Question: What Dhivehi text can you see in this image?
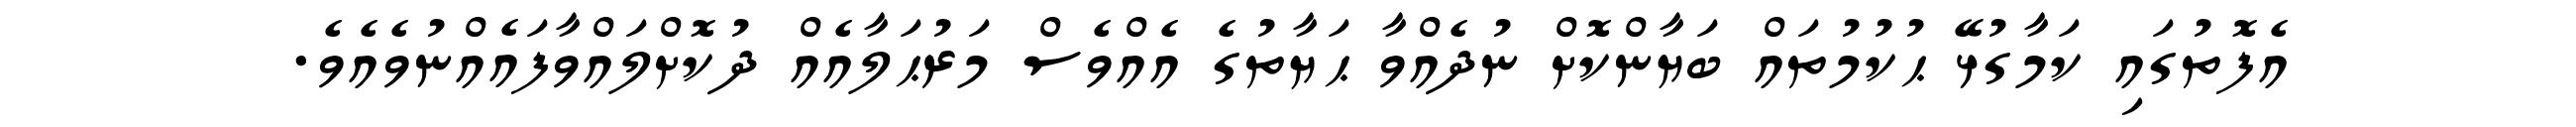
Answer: އެފޮތުގައި ކަމާގުޅޭ ޙުކުމުތައް ބަޔާންކޮށް ނުދެއްވާ ޙަޔާތުގެ އެއްވެސް މަރުޙަލާއެއް ދުކޮށްލައްވާފައެއްނުވެއެވެ.